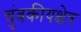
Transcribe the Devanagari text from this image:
चुंबकीयक्षेत्र